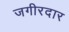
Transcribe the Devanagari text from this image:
जगीरदार